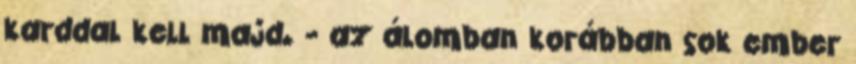
karddal kell majd. - az álomban korábban sok ember